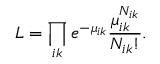
L = \prod _ { i k } e ^ { - \mu _ { i k } } \frac { \mu _ { i k } ^ { N _ { i k } } } { N _ { i k } ! } .